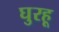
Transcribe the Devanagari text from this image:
घुरहू